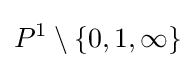
P^{1}\setminus \left\{0,1,\infty \right\}